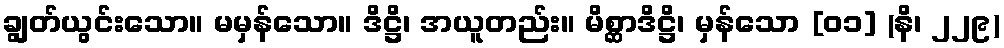
ချွတ်ယွင်းသော။ မမှန်သော။ ဒိဋ္ဌိ၊ အယူတည်း။ မိစ္ဆာဒိဋ္ဌိ၊ မှန်သော [၀၁] (နိ၊ ၂၂၉)